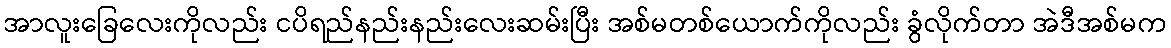
အာလူးခြေလေးကိုလည်း ငပိရည်နည်းနည်းလေးဆမ်းပြီး အစ်မတစ်ယောက်ကိုလည်း ခွံလိုက်တာ အဲဒီအစ်မက